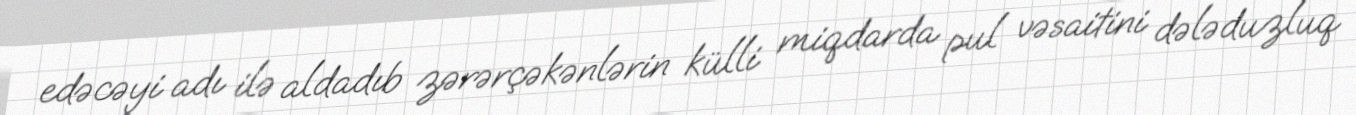
edəcəyi adı ilə aldadıb zərərçəkənlərin külli miqdarda pul vəsaitini dələduzluq